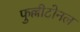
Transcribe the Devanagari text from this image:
फुल्लीटोनल